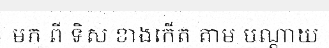
មក ពី ទិស ខាងកើត តាម បណ្តាយ